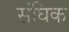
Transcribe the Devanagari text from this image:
संघिक